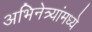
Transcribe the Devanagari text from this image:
अभिनेत्र्यांमध्ये